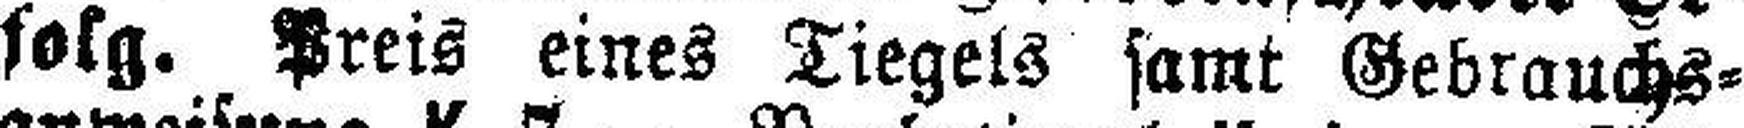
folg. Preis eines Tiegels samt Gebrauchs¬